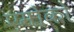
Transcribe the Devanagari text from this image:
एमोको